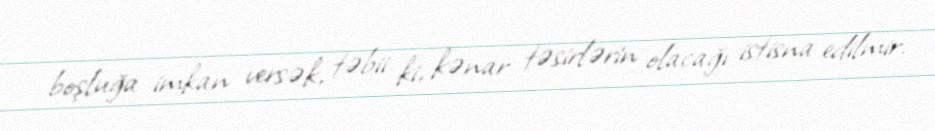
boşluğa imkan versək, təbii ki, kənar təsirlərin olacağı istisna edilmir.